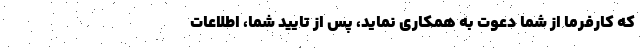
که کارفرما از شما دعوت به همکاری نماید، پس از تایید شما، اطلاعات